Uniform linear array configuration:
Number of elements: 32
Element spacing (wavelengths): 0.5
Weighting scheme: kaiser
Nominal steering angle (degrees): -60
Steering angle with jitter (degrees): -60.92
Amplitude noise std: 0.05
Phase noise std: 0.05

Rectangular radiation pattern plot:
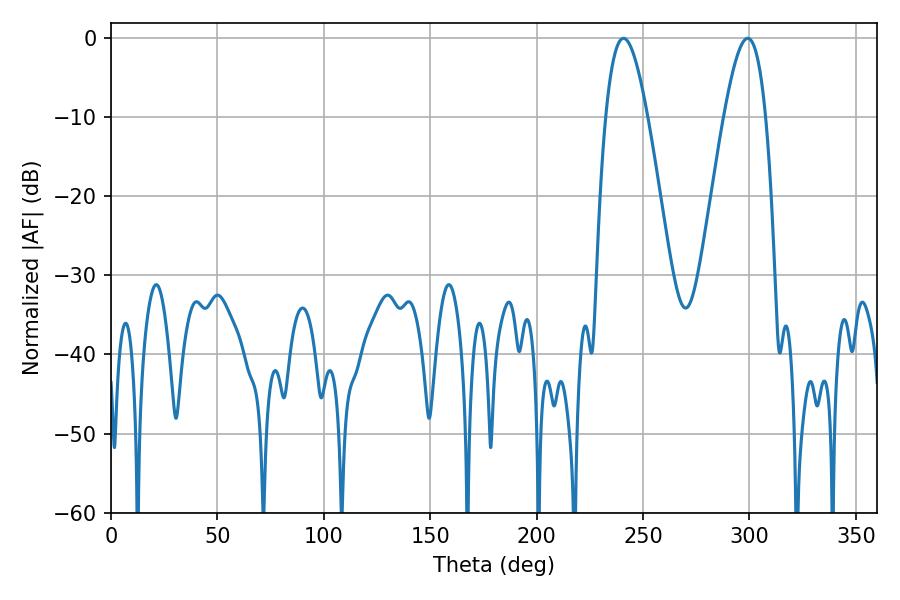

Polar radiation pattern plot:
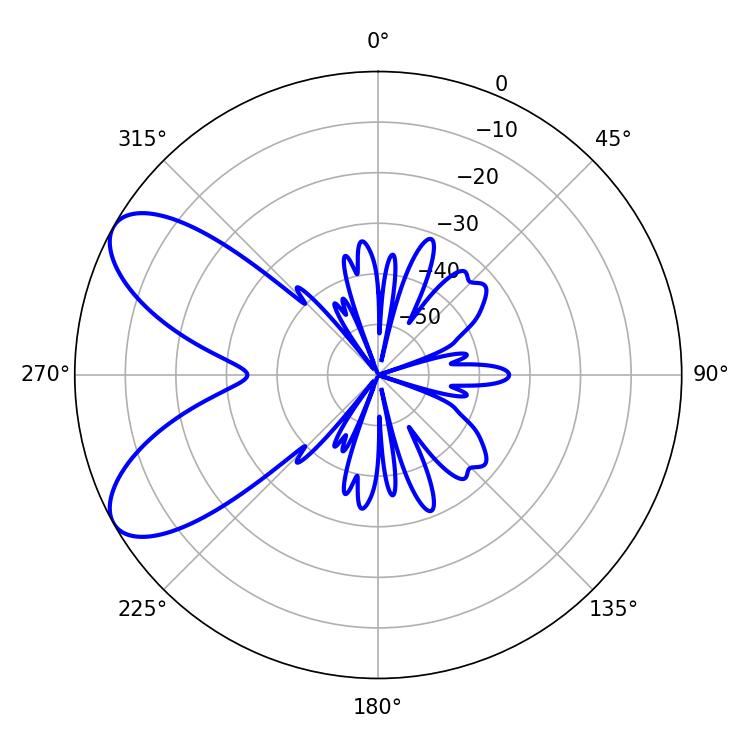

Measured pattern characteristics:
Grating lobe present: FALSE
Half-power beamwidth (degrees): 10.62
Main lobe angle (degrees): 240.84